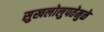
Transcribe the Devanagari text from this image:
सुखलोलुपतेमुळे